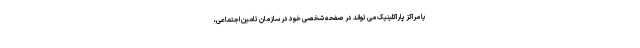
یا مراکز پاراکلینیک می تواند در صفحه شخصی خود در سازمان تامین اجتماعی،